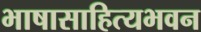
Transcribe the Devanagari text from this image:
भाषासाहित्यभवन